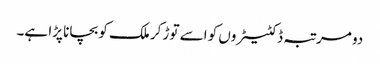
دو مرتبہ ڈکٹیٹروں کو اسے توڑ کر ملک کو بچانا پڑا ہے۔